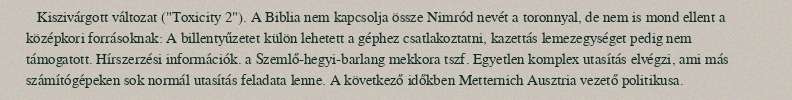
Kiszivárgott változat ("Toxicity 2"). A Biblia nem kapcsolja össze Nimród nevét a toronnyal, de nem is mond ellent a középkori forrásoknak: A billentyűzetet külön lehetett a géphez csatlakoztatni, kazettás lemezegységet pedig nem támogatott. Hírszerzési információk. a Szemlő-hegyi-barlang mekkora tszf. Egyetlen komplex utasítás elvégzi, ami más számítógépeken sok normál utasítás feladata lenne. A következő időkben Metternich Ausztria vezető politikusa.